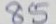
85